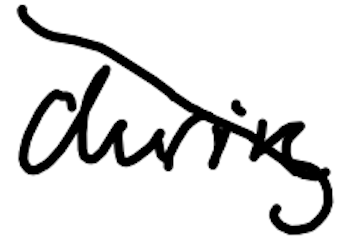
Text: during
Cross-out: mix
Writing tool: digital_black